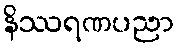
နိဿရဏပညာ